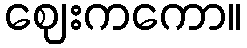
ဈေးကကော။